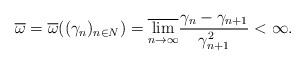
LaTeX: \begin{align*}\overline{\omega }=\overline{\omega }((\gamma _{n})_{n\in N})=\overline{\lim_{n\rightarrow \infty }}\frac{\gamma _{n}-\gamma _{n+1}}{\gamma_{n+1}^{2}}<\infty.\end{align*}